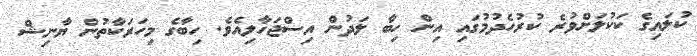
ކުލައިގެ ކަކުލަށްވުރެ ކުރުހެދުމުގައި އިން ހިބާ ލަދުން އިސްޖަހާލިއެވެ. ހިބާގެ މިހަރަކާތުން ޔާނިޝް